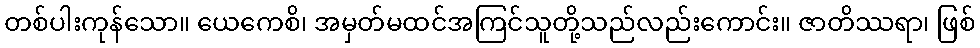
တစ်ပါးကုန်သော။ ယေကေစိ၊ အမှတ်မထင်အကြင်သူတို့သည်လည်းကောင်း။ ဇာတိဿရာ၊ ဖြစ်